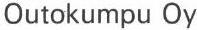
Outokumpu Oy